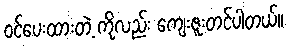
ဝင်ပေးထားတဲ့ ကိုလည်း ကျေးဇူးတင်ပါတယ်။